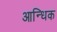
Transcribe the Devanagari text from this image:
आन्धिक